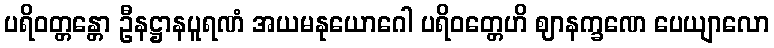
ပရိဝတ္တန္တော ဦနဋ္ဌာနပူရဏံ အယမနုယောဂေါ ပရိဝတ္တေဟိ ဈာနက္ခဏေ ပေယျာလော